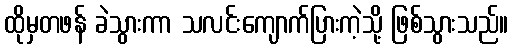
ထိုမှတဖန် ခဲသွားကာ သလင်းကျောက်ပြားကဲ့သို့ ဖြစ်သွားသည်။